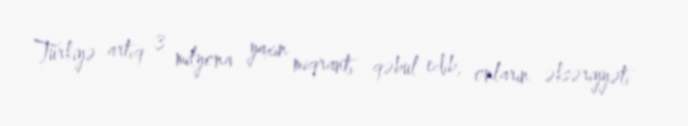
Türkiyə artıq 3 milyona yaxın miqrantı qəbul edib, onların əksəriyyəti